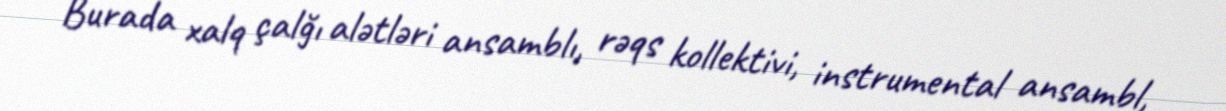
Burada xalq çalğı alətləri ansamblı, rəqs kollektivi, instrumental ansambl,